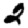
Digit: 2